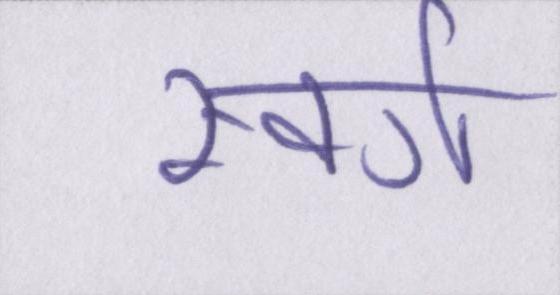
स्वर्ग